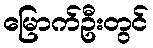
မြောက်ဦးတွင်